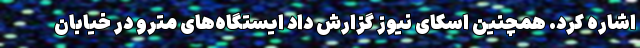
اشاره کرد. همچنین اسکای نیوز گزارش داد ایستگاه‌های مترو در خیابان